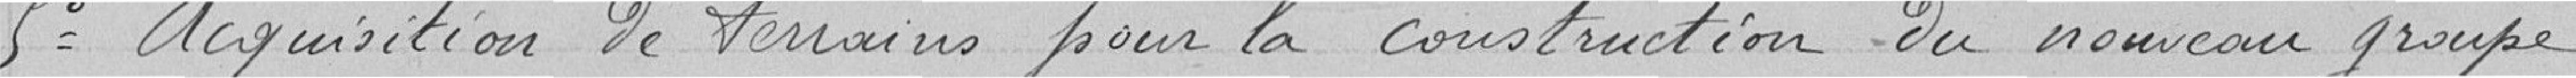
5 Acquisition de terrains pour la construction du nouveau groupe